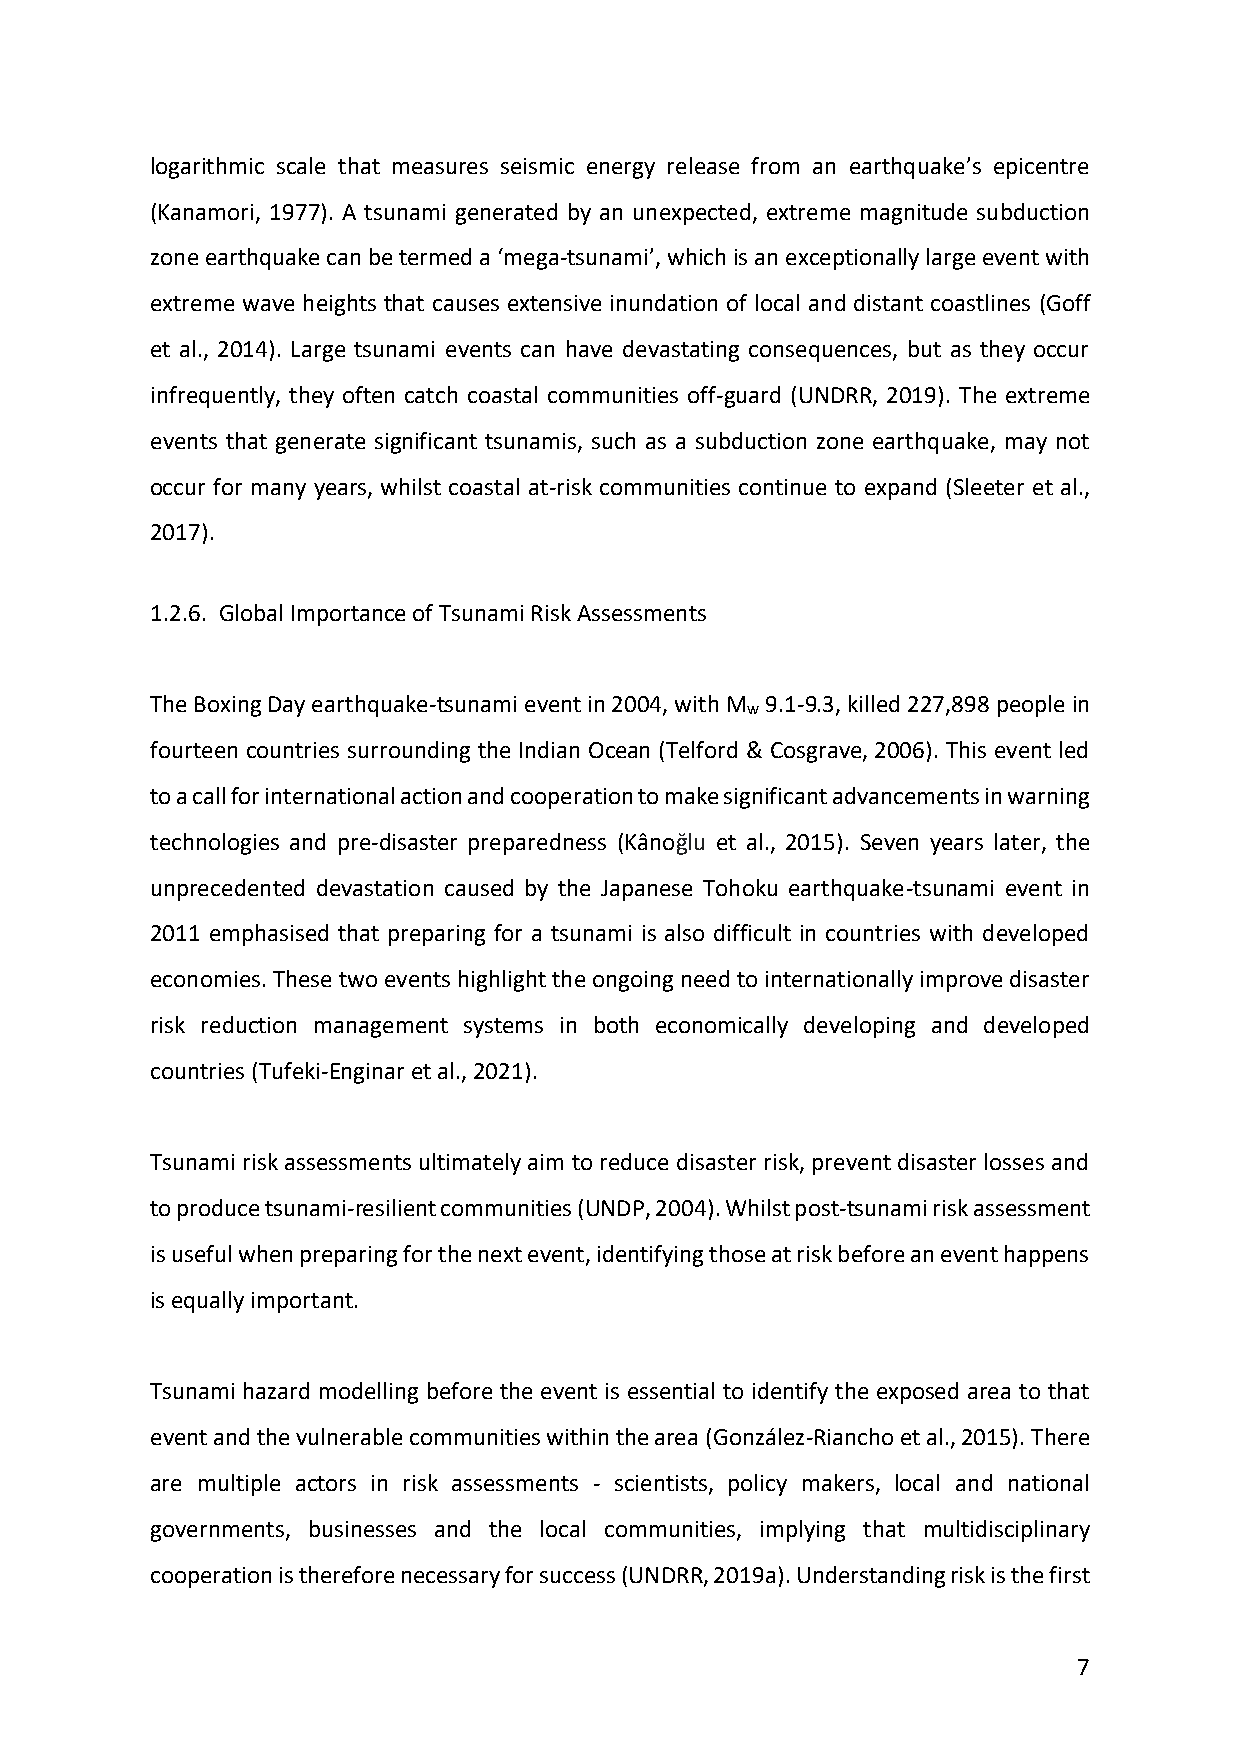
logarithmic scale that measures seismic energy release from an earthquake’s epicentre
 (Kanamori, 1977). A tsunami generated by an unexpected, extreme magnitude subduction
 zone earthquake can be termed a ‘mega-tsunami’, which is an exceptionally large event with
 extreme wave heights that causes extensive inundation of local and distant coastlines (Goff
 et al., 2014). Large tsunami events can have devastating consequences, but as they occur
 infrequently, they often catch coastal communities off-guard (UNDRR, 2019). The extreme
 events that generate significant tsunamis, such as a subduction zone earthquake, may not
 occur for many years, whilst coastal at-risk communities continue to expand (Sleeter et al.,
 2017).
 1.2.6. Global Importance of Tsunami Risk Assessments
 The Boxing Day earthquake-tsunami event in 2004, with M 9.1-9.3, killed 227,898 people in
 w
 fourteen countries surrounding the Indian Ocean (Telford & Cosgrave, 2006). This event led
 to a call for international action and cooperation to make significant advancements in warning
 technologies and pre-disaster preparedness (Kânoğlu et al., 2015). Seven years later, the
 unprecedented devastation caused by the Japanese Tohoku earthquake-tsunami event in
 2011 emphasised that preparing for a tsunami is also difficult in countries with developed
 economies. These two events highlight the ongoing need to internationally improve disaster
 risk reduction management systems in both economically developing and developed
 countries (Tufeki-Enginar et al., 2021).
 Tsunami risk assessments ultimately aim to reduce disaster risk, prevent disaster losses and
 to produce tsunami-resilient communities (UNDP, 2004). Whilst post-tsunami risk assessment
 is useful when preparing for the next event, identifying those at risk before an event happens
 is equally important.
 Tsunami hazard modelling before the event is essential to identify the exposed area to that
 event and the vulnerable communities within the area (González-Riancho et al., 2015). There
 are multiple actors in risk assessments - scientists, policy makers, local and national
 governments, businesses and the local communities, implying that multidisciplinary
 cooperation is therefore necessary for success (UNDRR, 2019a). Understanding risk is the first
 7